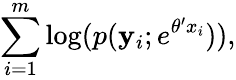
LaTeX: \sum_{i=1}^{m}\log(p(\mathbf{y}_{i};e^{\theta^{\prime}x_{i}})),